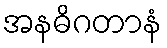
အနဓိဂတာနံ